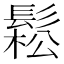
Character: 鬆